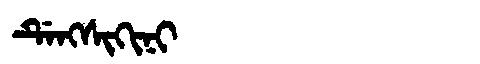
Manchu: ᡩᡝᠩᠰᡳᡴᡳᠨᡳ
Romanization: DENGSIKINI